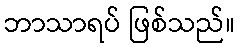
ဘာသာရပ် ဖြစ်သည်။